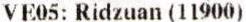
VE05: RIDZUAN (11900)